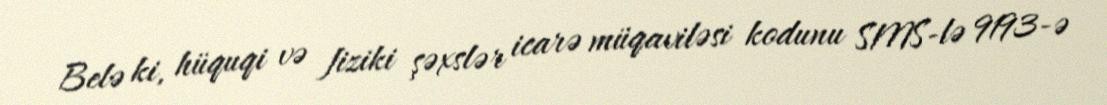
Belə ki, hüquqi və fiziki şəxslər icarə müqaviləsi kodunu SMS-lə 9193-ə